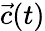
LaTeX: {\vec{c}}(t)